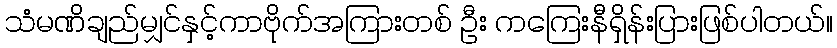
သံမဏိချည်မျှင်နှင့်ကာဗိုက်အကြားတစ် ဦး ကကြေးနီရှိန်းပြားဖြစ်ပါတယ်။